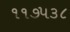
૧૧૭૫૩૮